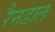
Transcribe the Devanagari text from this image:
रैनडाल